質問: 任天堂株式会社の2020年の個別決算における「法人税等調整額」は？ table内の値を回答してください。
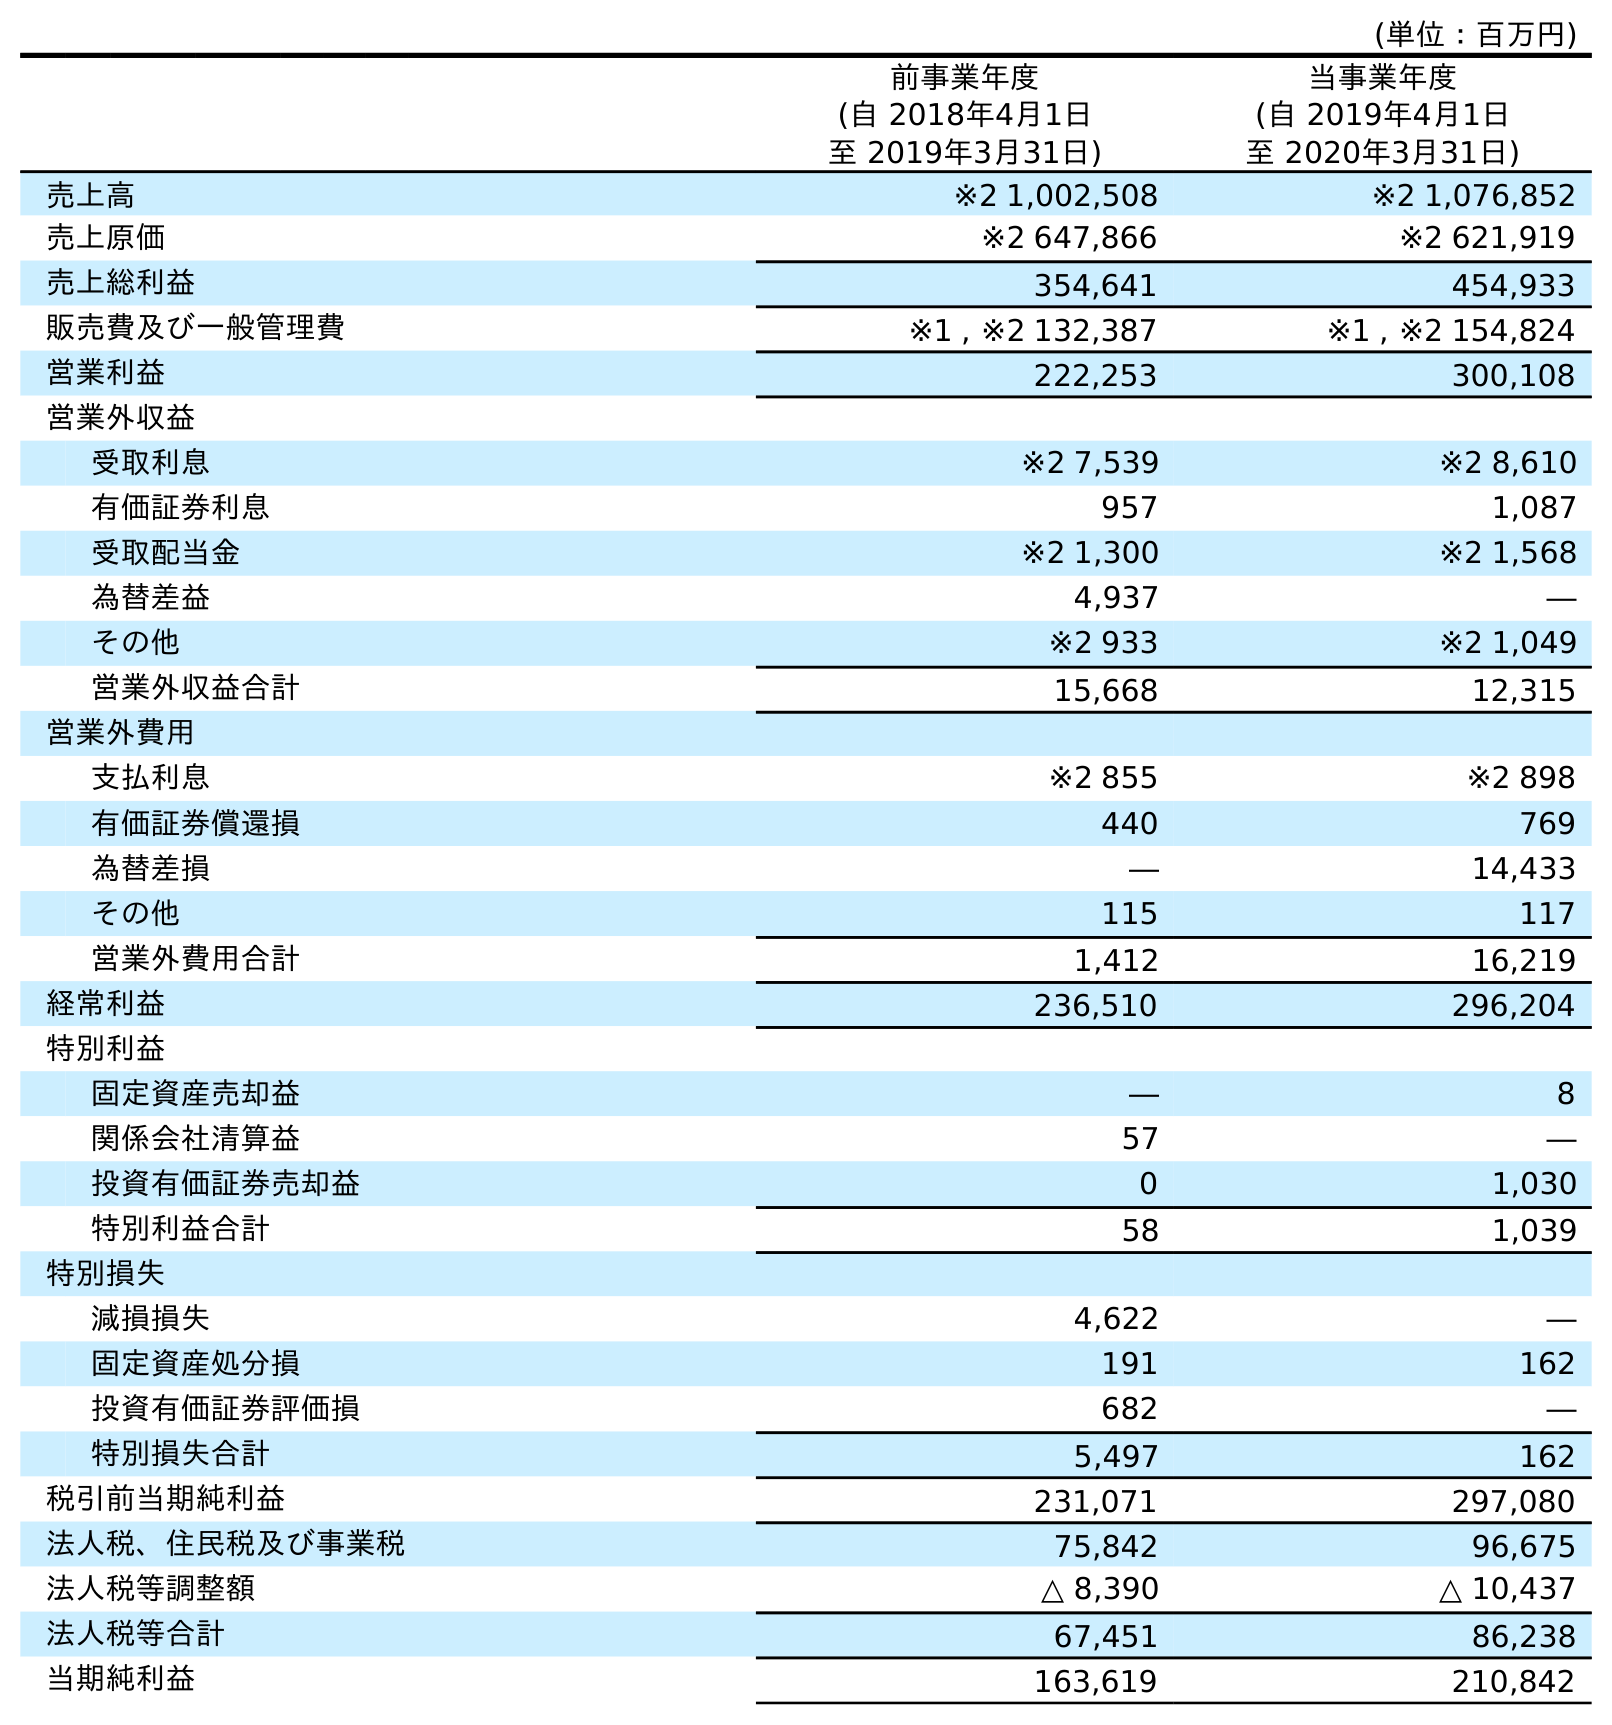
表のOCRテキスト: (単位：百万円) 前事業年度 (自 2018年4月1日 至 2019年3月31日) 当事業年度 (自 2019年4月1日 至 2020年3月31日) 売上高 ※2 1,002,508 ※2 1,076,852 売上原価 ※2 647,866 ※2 621,919 売上総利益 354,641 454,933 販売費及び一般管理費 ※1 , ※2 132,387 ※1 , ※2 154,824 営業利益 222,253 300,108 営業外収益 受取利息 ※2 7,539 ※2 8,610 有価証券利息 957 1,087 受取配当金 ※2 1,300 ※2 1,568 為替差益 4,937 ― その他 ※2 933 ※2 1,049 営業外収益合計 15,668 12,315 営業外費用 支払利息 ※2 855 ※2 898 有価証券償還損 440 769 為替差損 ― 14,433 その他 115 117 営業外費用合計 1,412 16,219 経常利益 236,510 296,204 特別利益 固定資産売却益 ― 8 関係会社清算益 57 ― 投資有価証券売却益 0 1,030 特別利益合計 58 1,039 特別損失 減損損失 4,622 ― 固定資産処分損 191 162 投資有価証券評価損 682 ― 特別損失合計 5,497 162 税引前当期純利益 231,071 297,080 法人税、住民税及び事業税 75,842 96,675 法人税等調整額 △ 8,390 △ 10,437 法人税等合計 67,451 86,238 当期純利益 163,619 210,842
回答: △10,437